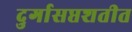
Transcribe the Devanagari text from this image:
दुर्गासप्तशतीत